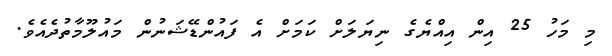
މި މަހު 25 އިން އިއްޔެގެ ނިޔަލަށް ކަމަށް އެ ފައުންޑޭޝަނުން މައުލޫމާތުދެއެވެ.